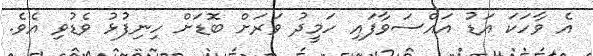
އެ ވާހަކަ އަޑު އައްސަވާފައި ހަމީދު ވަރަށް ބޮޑަށް ހިނިފުޅު ވެޑުވި އެވެ.